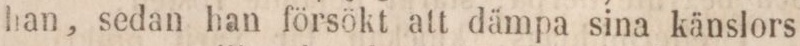
han, sedan han försökt att dämpa sina känslors